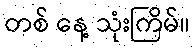
တစ် နေ့ သုံးကြိမ်။